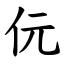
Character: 㐾